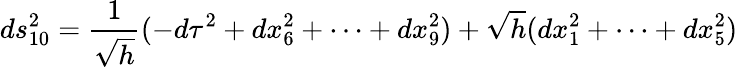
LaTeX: ds_{10}^{2}=\frac{1}{\sqrt{h}}(-d\tau^{2}+dx_{6}^{2}+\cdots+dx_{9}^{2})+\sqrt{h}(dx_{1}^{2}+\cdots+dx_{5}^{2})